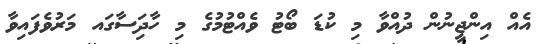
އެއް އިންޖީނުން ދުއްވާ މި ކުޑަ ބޯޓު ވެއްޓުމުގެ މި ހާދަިސާގައ މަރުވެފައިވާ